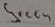
Text: Green